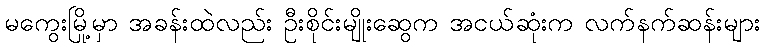
မကွေးမြို့မှာ အခန်းထဲလည်း ဦးစိုင်းမျိုးဆွေက အငယ်ဆုံးက လက်နက်ဆန်းများ